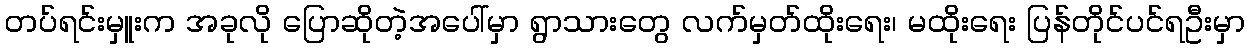
တပ်ရင်းမှူးက အခုလို ပြောဆိုတဲ့အပေါ်မှာ ရွာသားတွေ လက်မှတ်ထိုးရေး၊ မထိုးရေး ပြန်တိုင်ပင်ရဦးမှာ